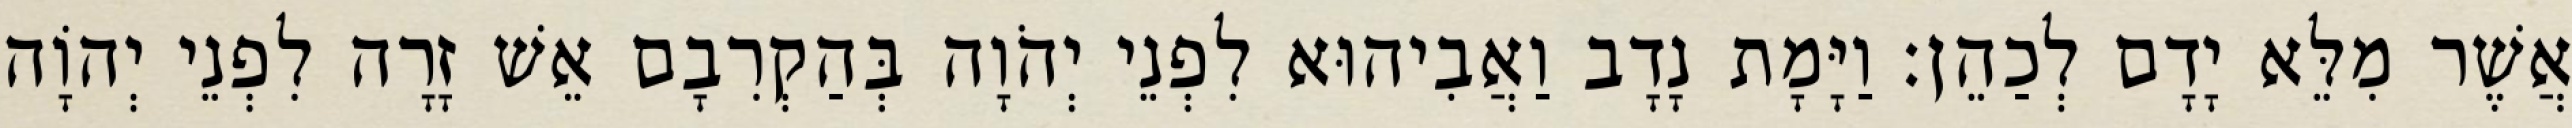
אֲשֶׁר מִלֵּא יָדָם לְכַהֵן׃ וַיָּמָת נָדָב וַאֲבִיהוּא לִפְנֵי יְהֹוָה בְּהַקְרִבָם אֵשׁ זָרָה לִפְנֵי יְהוָֹה